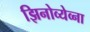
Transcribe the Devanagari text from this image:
झिनोव्येव्ना